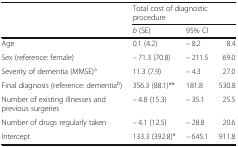
| <ROWSPAN=2>  | <COLSPAN=3> Total cost of diagnostic procedure |
 | b (SE) | <COLSPAN=2> 95% CI |
 | --- | --- | --- | --- |
 | Age | 0.1 (4.2) | – 8.2 | 8.4 |
 | Sex (reference: female) | – 71.3 (70.8) | – 211.5 | 69.0 |
 | Severity of dementia (MMSE)a | 11.3 (7.9) | – 4.3 | 27.0 |
 | Final diagnosis (reference: dementiab) | 356.3 (88.1)** | 181.8 | 530.8 |
 | Number of existing illnesses and previous surgeries | – 4.8 (15.3) | – 35.1 | 25.5 |
 | Number of drugs regularly taken | – 4.1 (12.5) | – 28.8 | 20.6 |
 | Intercept | 133.3 (392.8)* | – 645.1 | 911.8 |